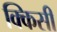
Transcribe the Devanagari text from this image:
क्किसी